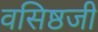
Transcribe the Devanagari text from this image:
वसिष्ठजी